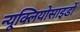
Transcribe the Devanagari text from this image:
न्यूक्लियोसाइडों